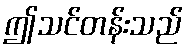
ဤသင်တန်းသည်